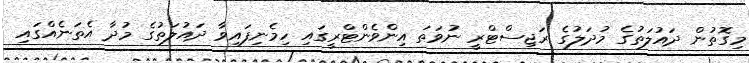
މިގޮތުން ދައުލަތުގެ މުދަލުގެ ރަޖިސްޓްރީ ނުވަތަ އިންވެންޓްރީގައި ހިމެނިފައިވާ ދައުލަތުގެ މުދާ އެތަނެއްގައި